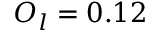
O _ { l } = 0 . 1 2